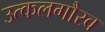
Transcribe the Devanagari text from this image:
उत्कलगौरव